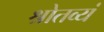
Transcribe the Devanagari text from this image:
श्रोतव्यं